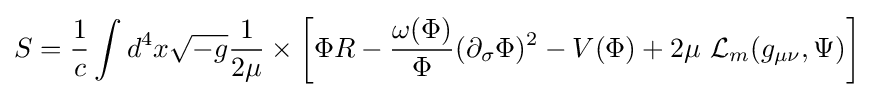
S={\frac {1}{c}}\int {d^{4}x{\sqrt {-g}}{\frac {1}{2\mu }}}\times \left[\Phi R-{\frac {\omega (\Phi )}{\Phi }}(\partial _{\sigma }\Phi )^{2}-V(\Phi )+2\mu ~{\mathcal {L}}_{m}(g_{\mu \nu },\Psi )\right]